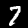
Digit: 7